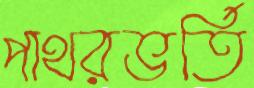
পাথরভর্তি